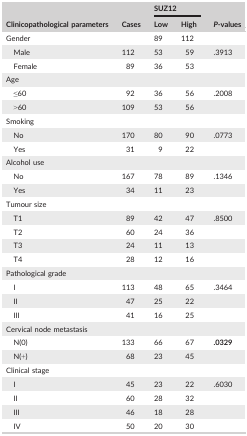
<table><thead><tr><td rowspan="2"><b>Clinicopathological parameters</b></td><td rowspan="2"><b>Cases</b></td><td colspan="2"><b>SUZ12</b></td><td rowspan="2"><b><i>P</i>‐values</b></td></tr><tr><td><b>Low</b></td><td><b>High</b></td></tr></thead><tbody><tr><td>Gender</td><td></td><td>89</td><td>112</td><td></td></tr><tr><td>Male</td><td>112</td><td>53</td><td>59</td><td>.3913</td></tr><tr><td>Female</td><td>89</td><td>36</td><td>53</td><td></td></tr><tr><td colspan="5">Age</td></tr><tr><td>≤60</td><td>92</td><td>36</td><td>56</td><td>.2008</td></tr><tr><td>&gt;60</td><td>109</td><td>53</td><td>56</td><td></td></tr><tr><td colspan="5">Smoking</td></tr><tr><td>No</td><td>170</td><td>80</td><td>90</td><td>.0773</td></tr><tr><td>Yes</td><td>31</td><td>9</td><td>22</td><td></td></tr><tr><td colspan="5">Alcohol use</td></tr><tr><td>No</td><td>167</td><td>78</td><td>89</td><td>.1346</td></tr><tr><td>Yes</td><td>34</td><td>11</td><td>23</td><td></td></tr><tr><td colspan="5">Tumour size</td></tr><tr><td>T1</td><td>89</td><td>42</td><td>47</td><td>.8500</td></tr><tr><td>T2</td><td>60</td><td>24</td><td>36</td><td></td></tr><tr><td>T3</td><td>24</td><td>11</td><td>13</td><td></td></tr><tr><td>T4</td><td>28</td><td>12</td><td>16</td><td></td></tr><tr><td colspan="5">Pathological grade</td></tr><tr><td>I</td><td>113</td><td>48</td><td>65</td><td>.3464</td></tr><tr><td>II</td><td>47</td><td>25</td><td>22</td><td></td></tr><tr><td>III</td><td>41</td><td>16</td><td>25</td><td></td></tr><tr><td colspan="5">Cervical node metastasis</td></tr><tr><td>N(0)</td><td>133</td><td>66</td><td>67</td><td><b>.0329</b></td></tr><tr><td>N(+)</td><td>68</td><td>23</td><td>45</td><td></td></tr><tr><td colspan="5">Clinical stage</td></tr><tr><td>I</td><td>45</td><td>23</td><td>22</td><td>.6030</td></tr><tr><td>II</td><td>60</td><td>28</td><td>32</td><td></td></tr><tr><td>III</td><td>46</td><td>18</td><td>28</td><td></td></tr><tr><td>IV</td><td>50</td><td>20</td><td>30</td><td></td></tr></tbody></table>